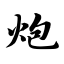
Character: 炮